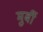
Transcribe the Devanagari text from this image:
मुर्बी